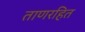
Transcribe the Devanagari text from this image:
ताणरहित